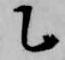
乙